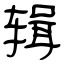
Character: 辑